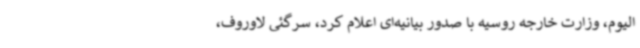
الیوم، وزارت خارجه روسیه با صدور بیانیه‌ای اعلام کرد، سرگئی لاوروف،